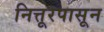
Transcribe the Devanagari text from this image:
नित्तूरपासून